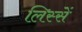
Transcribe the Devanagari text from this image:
लिस्सें